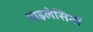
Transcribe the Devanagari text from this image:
थाइलेसिनों